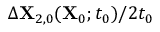
\Delta \mathbf { X } _ { 2 , 0 } ( \mathbf { X } _ { 0 } ; t _ { 0 } ) / 2 t _ { 0 }